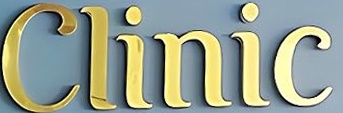
Clinic